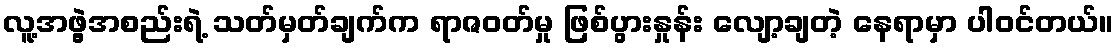
လူ့အဖွဲ့အစည်းရဲ့ သတ်မှတ်ချက်က ရာဇဝတ်မှု ဖြစ်ပွားနှုန်း လျော့ချတဲ့ နေရာမှာ ပါဝင်တယ်။